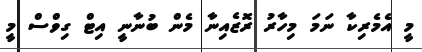
މީ އެމެރިކާ ނަމަ މިހާރު ރޮޒެއިނާ މެން ބުނާނީ އިޓް ގިވްސް މީ